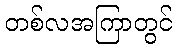
တစ်လအကြာတွင်